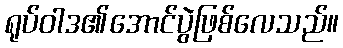
ရုပ်ဝါဒ၏အောင်ပွဲဖြစ်လေသည်။